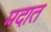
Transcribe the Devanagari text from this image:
मदात